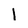
Character: 1